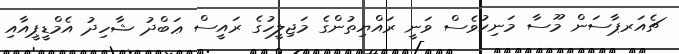
ޗެއަރޕާސަން މޫސާ މަނިކުވެސް ވަނީ ރައްޔިތުންގެ މަޖިލީހުގެ ރައީސް ޢަބްދު ޝާހިދު އެމްޑީޕީއާއި